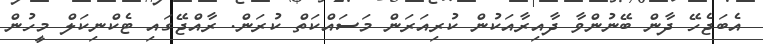
އެބަޖެހޭ ދާން ބޭނުންވާ ދާއިރާއަކުން ކުރިއަރަން މަސައްކަތް ކުރަން. ރާއްޖޭގައި ޓެކްނިކަލް މީހުން